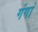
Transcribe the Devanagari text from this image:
गंगां